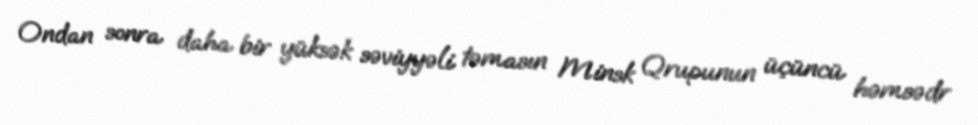
Ondan sonra daha bir yüksək səviyyəli təmasın Minsk Qrupunun üçüncü həmsədr